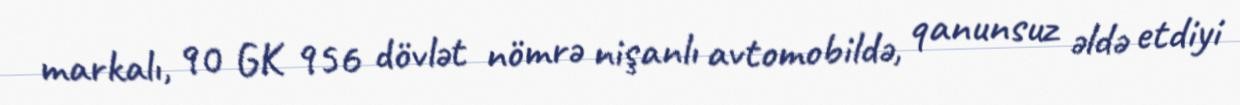
markalı, 90 GK 956 dövlət nömrə nişanlı avtomobildə, qanunsuz əldə etdiyi